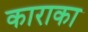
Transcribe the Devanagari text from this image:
काराका